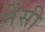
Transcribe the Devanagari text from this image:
नेंसी